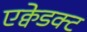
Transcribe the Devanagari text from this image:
एक्वेडक्ट